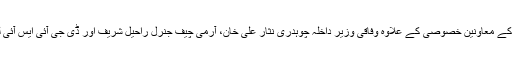
تفصیلات کے مطابق اس اجلاس میں وزیر اعظم کے معاونین خصوصی کے علاوہ وفاقی وزیر داخلہ چوہدری نثار علی خان، آرمی چیف جنرل راحیل شریف اور ڈی جی آئی ایس آئی لیفٹیننٹ جنرل رضوان اختر بھی شریک ہوں گے۔